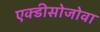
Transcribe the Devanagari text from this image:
एक्डीसोजोवा